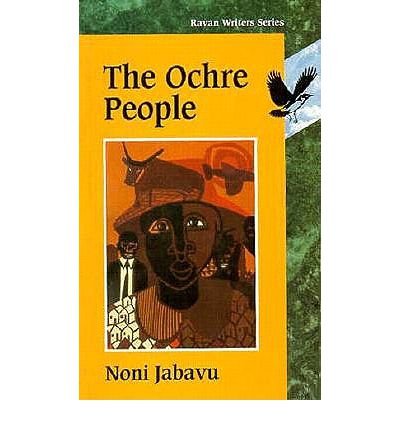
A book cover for Ochre People: Ravan Writers Series; Noni Jabavu; Travel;